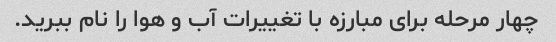
چهار مرحله برای مبارزه با تغییرات آب و هوا را نام ببرید.